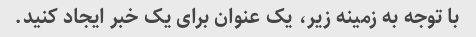
با توجه به زمینه زیر، یک عنوان برای یک خبر ایجاد کنید.